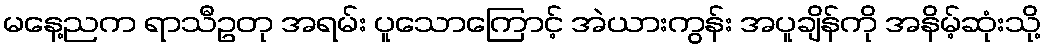
မနေ့ညက ရာသီဥတု အရမ်း ပူသောကြောင့် အဲယားကွန်း အပူချိန်ကို အနိမ့်ဆုံးသို့